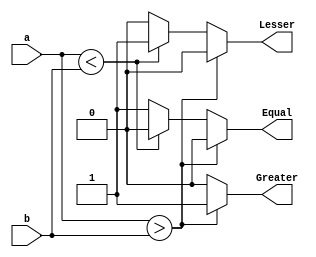
module comparator_nbit(a,b,Lesser,Greater,Equal);
parameter n=32;
input [n-1:0]a,b;
output Lesser,Greater,Equal;
reg Lesser=0,Greater=0,Equal=0;
always @ (a,b)
begin
if(a>b)
begin
Lesser=0;Equal=0;Greater=1;
end
else if (a<b)
begin
Lesser=1;Equal=0;Greater=0;
end
else
begin
Lesser=0;Equal=1;Greater=0;
end
end
endmodule